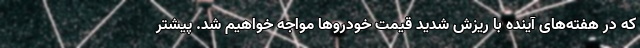
که در هفته‌های آینده با ریزش شدید قیمت خودروها مواجه خواهیم شد. پیشتر